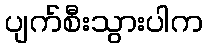
ပျက်စီးသွားပါက